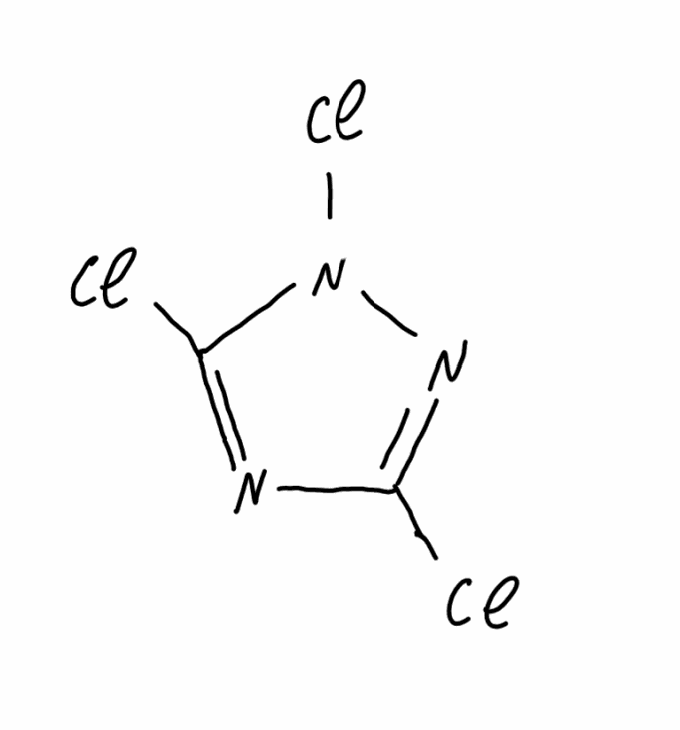
Simplified molecular-input line-entry system (SMILES) notation of the given molecule:
C1(=NN(C(=N1)Cl)Cl)Cl